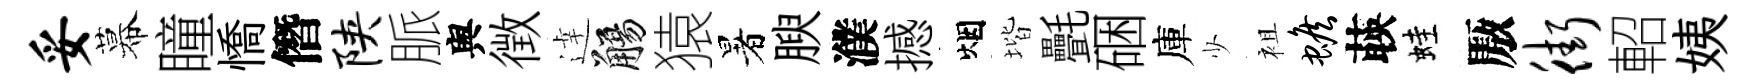
妥幕瞳憍僭陕脈舆徴逹觴猿暑腴濮撼烟堦㲲硱庫少袓蟾𦴤蛙厫街軺姨